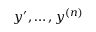
y ^ { \prime } , \ldots , y ^ { ( n ) }